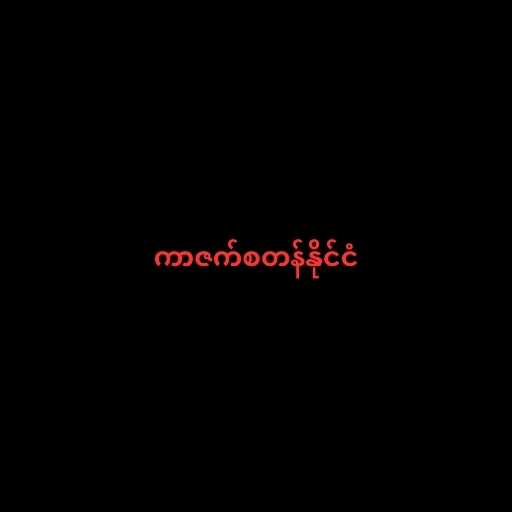
ကာဇက်စတန်နိုင်ငံ